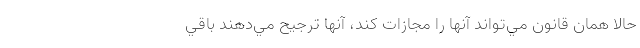
حالا همان قانون مي‌تواند آنها را مجازات كند، آنها ترجيح مي‌دهند باقي